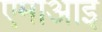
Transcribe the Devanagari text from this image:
एमाआइ